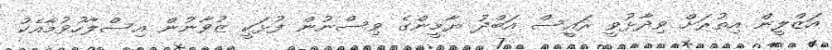
އަޒްލީން އިތުރަށް ވިދާޅުވީ ރައީސް އަބްދު ޔާމީންގެ ވިސްނުން ފުޅަކީ ޒުވާނުން އިސްލާހުވުމާއެކު